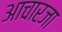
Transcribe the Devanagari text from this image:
आचारजा